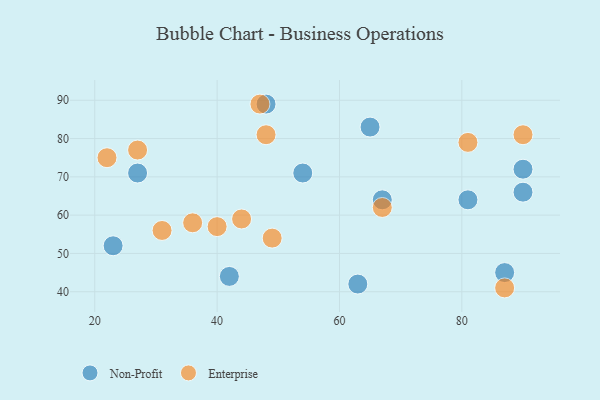
{"axis": {"x": "GDP", "y": "Life Expectancy"}, "legend": ["Enterprise", "Non-Profit"], "data": [{"x": "48", "y": 89, "type": "Non-Profit"}, {"x": "42", "y": 44, "type": "Non-Profit"}, {"x": "81", "y": 64, "type": "Non-Profit"}, {"x": "63", "y": 42, "type": "Non-Profit"}, {"x": "23", "y": 52, "type": "Non-Profit"}, {"x": "90", "y": 72, "type": "Non-Profit"}, {"x": "54", "y": 71, "type": "Non-Profit"}, {"x": "67", "y": 64, "type": "Non-Profit"}, {"x": "65", "y": 83, "type": "Non-Profit"}, {"x": "90", "y": 66, "type": "Non-Profit"}, {"x": "27", "y": 71, "type": "Non-Profit"}, {"x": "87", "y": 45, "type": "Non-Profit"}, {"x": "27", "y": 77, "type": "Enterprise"}, {"x": "81", "y": 79, "type": "Enterprise"}, {"x": "47", "y": 89, "type": "Enterprise"}, {"x": "22", "y": 75, "type": "Enterprise"}, {"x": "48", "y": 81, "type": "Enterprise"}, {"x": "49", "y": 54, "type": "Enterprise"}, {"x": "67", "y": 62, "type": "Enterprise"}, {"x": "36", "y": 58, "type": "Enterprise"}, {"x": "44", "y": 59, "type": "Enterprise"}, {"x": "31", "y": 56, "type": "Enterprise"}, {"x": "90", "y": 81, "type": "Enterprise"}, {"x": "40", "y": 57, "type": "Enterprise"}, {"x": "87", "y": 41, "type": "Enterprise"}]}